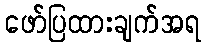
ဖော်ပြထားချက်အရ